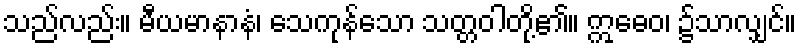
သည်လည်း။ မီယမာနာနံ၊ သေကုန်သော သတ္တဝါတို့၏။ ဣဓေဝ၊ ၌သာလျှင်။